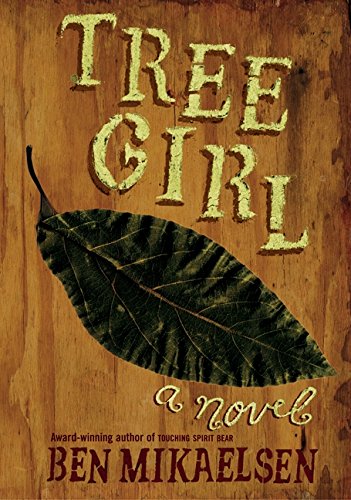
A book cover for Tree Girl; Ben Mikaelsen; Teen & Young Adult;